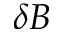
\delta B